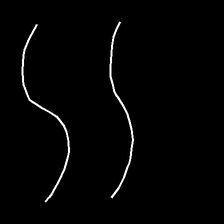
Glyph: float